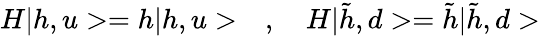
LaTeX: H|h,u>=h|h,u>\quad,\quad H|\tilde{h},d>=\tilde{h}|\tilde{h},d>